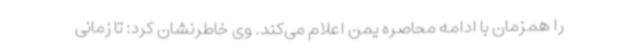
را همزمان با ادامه محاصره یمن اعلام می‌کند. وی خاطرنشان کرد: تا زمانی